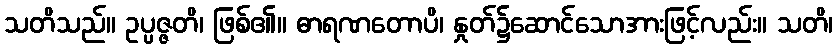
သတိသည်။ ဥပ္ပဇ္ဇတိ၊ ဖြစ်၏။ ဓာရဏတောပိ၊ နှုတ်၌ဆောင်သောအားဖြင့်လည်း။ သတိ၊